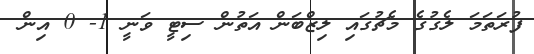
ފުރަތަމަ ލެގުގެ މެޗުގައި ލިޒްބަން އަތުން ސިޓީ ވަނީ 1- 0 އިން